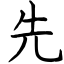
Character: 先